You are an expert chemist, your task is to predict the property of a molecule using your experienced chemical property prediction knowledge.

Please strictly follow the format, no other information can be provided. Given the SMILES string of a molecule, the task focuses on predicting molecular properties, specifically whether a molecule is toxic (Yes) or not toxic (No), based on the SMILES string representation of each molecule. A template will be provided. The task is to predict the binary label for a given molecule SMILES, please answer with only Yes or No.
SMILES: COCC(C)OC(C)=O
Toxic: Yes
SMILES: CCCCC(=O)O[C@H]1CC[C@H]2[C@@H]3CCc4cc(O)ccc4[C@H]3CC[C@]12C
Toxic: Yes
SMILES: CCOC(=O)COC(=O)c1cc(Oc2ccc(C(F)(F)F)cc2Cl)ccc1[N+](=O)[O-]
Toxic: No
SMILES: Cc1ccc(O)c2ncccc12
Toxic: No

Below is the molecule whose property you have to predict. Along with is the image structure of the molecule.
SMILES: CCOC(=O)CCc1ccccc1
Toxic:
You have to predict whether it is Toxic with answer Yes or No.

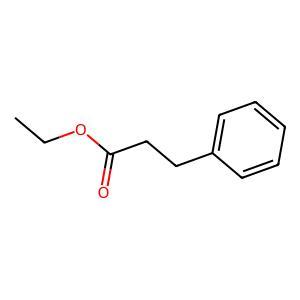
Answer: No